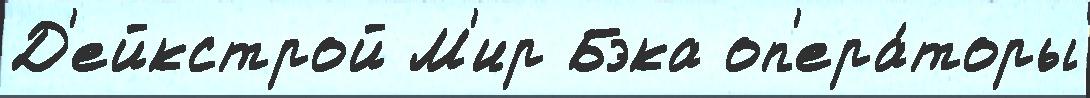
Д'ейкстрой М'ир Бэка оп'ера́торы